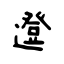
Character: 邆